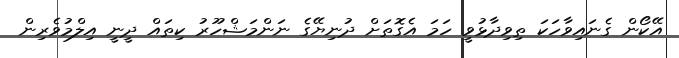
އޭކޯން ގެނައިވާހަކަ ތިވިދާޅުވީ ހަމަ އެގޮތަށް ދުނިޔޭގެ ނަންމަޝްހޫރު ކިތައް ދީނީ އިލްމުވެރިން